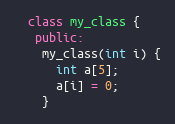
Language: C++
  class my_class {
   public:
    my_class(int i) {
      int a[5];
      a[i] = 0;
    }